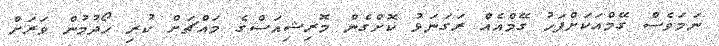
ނަމަވެސް ގޭމްއަކަށްފަހު ގޭމްއެއް ރަގަނަޅު ކޮށްގެން މޮރިޝިއަސްގެ މައްޗަށް ކުރި ހޯދުމުން ވަރަށް